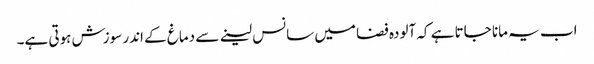
اب یہ مانا جاتا ہے کہ آلودہ فضا میں سانس لینے سے دماغ کے اندر سوزش ہوتی ہے۔